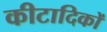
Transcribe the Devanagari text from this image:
कीटादिकों